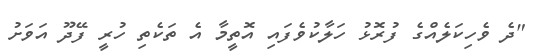
"ދެ ވެހިކަލެއްގެ ފުރޮޅު ހަލާކުވެފައި އޮތީމާ އެ ތަކެތި ހުރީ ފޭދޫ އަވަށު